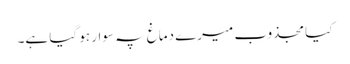
کیا مجذوب میرے دماغ پہ سوار ہو گیا ہے۔